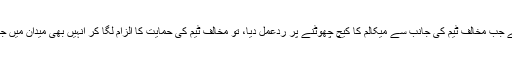
اسی طرح کبیر خان نے جب مخالف ٹیم کی جانب سے میکالم کا کیچ چھوٹنے پر ردعمل دیا، تو مخالف ٹیم کی حمایت کا الزام لگا کر انہیں بھی میدان میں جانے سے روک دیا گیا۔